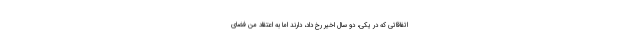
اتفاقاتی که در یکی، دو سال اخیر رخ داد، دارند اما به اعتقاد من فضای